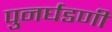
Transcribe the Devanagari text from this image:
पुनर्घडणी